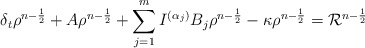
\begin{align*} \delta_t\rho^{n-\frac{1}{2}} + A\rho^{n-\frac{1}{2}} &+ \sum\limits_{j=1}^m I^{(\alpha_j)} B_j\rho^{n-\frac{1}{2}} - \kappa \rho^{n-\frac{1}{2}} = \mathcal{R}^{n-\frac{1}{2}} \end{align*}